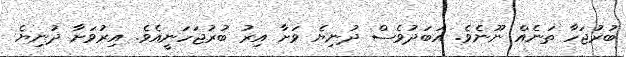
ބުރުޖަހާ ތަނެއް ނޫނެވެ. އަބަދުވެސް ދުނިޔެ ވަށާ އިރު ބުރުޖަހަނީއެވެ. އިރުވަށާ ދުނިޔެ